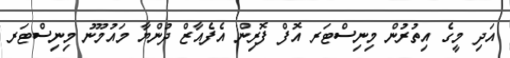
އަދި މީގެ އިތުރުން މިނިސްޓަރ އޮފް ފޮރިން އެފެއާޒް ދުންޔާ މައުމޫނު މިނިސްޓަރ